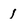
Character: l